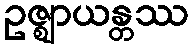
ဥဇ္ဈာယန္တဿ